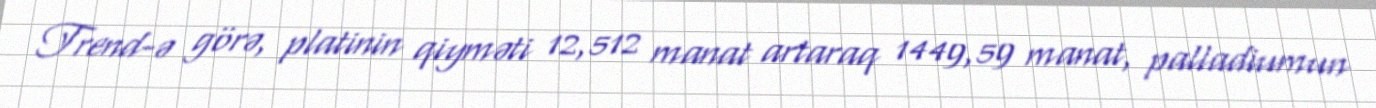
Trend-ə görə, platinin qiyməti 12,512 manat artaraq 1449,59 manat, palladiumun